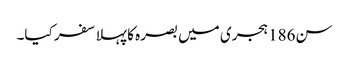
سن186 ہجری میں بصرہ کا پہلا سفر کیا۔